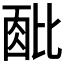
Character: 𬆹